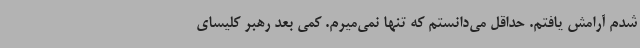
شدم آرامش یافتم. حداقل می‌دانستم که تنها نمی‌میرم. کمی بعد رهبر کلیسای